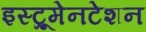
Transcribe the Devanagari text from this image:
इस्ट्रूमेनटेशन